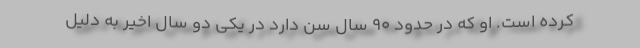
كرده است. او كه در حدود 90 سال سن دارد در يكي دو سال اخير به دليل